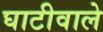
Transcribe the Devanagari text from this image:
घाटीवाले